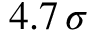
4 . 7 \, \sigma